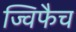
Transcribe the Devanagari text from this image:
ज्विफैच